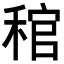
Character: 𥟓